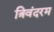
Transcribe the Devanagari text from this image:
त्रिवंदरम